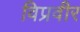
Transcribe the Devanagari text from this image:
विप्रवीर